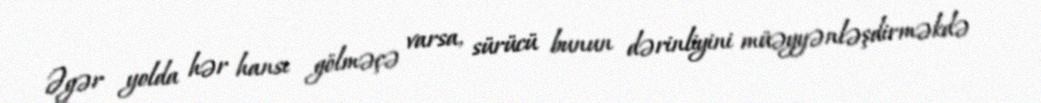
Əgər yolda hər hansı gölməçə varsa, sürücü bunun dərinliyini müəyyənləşdirməkdə